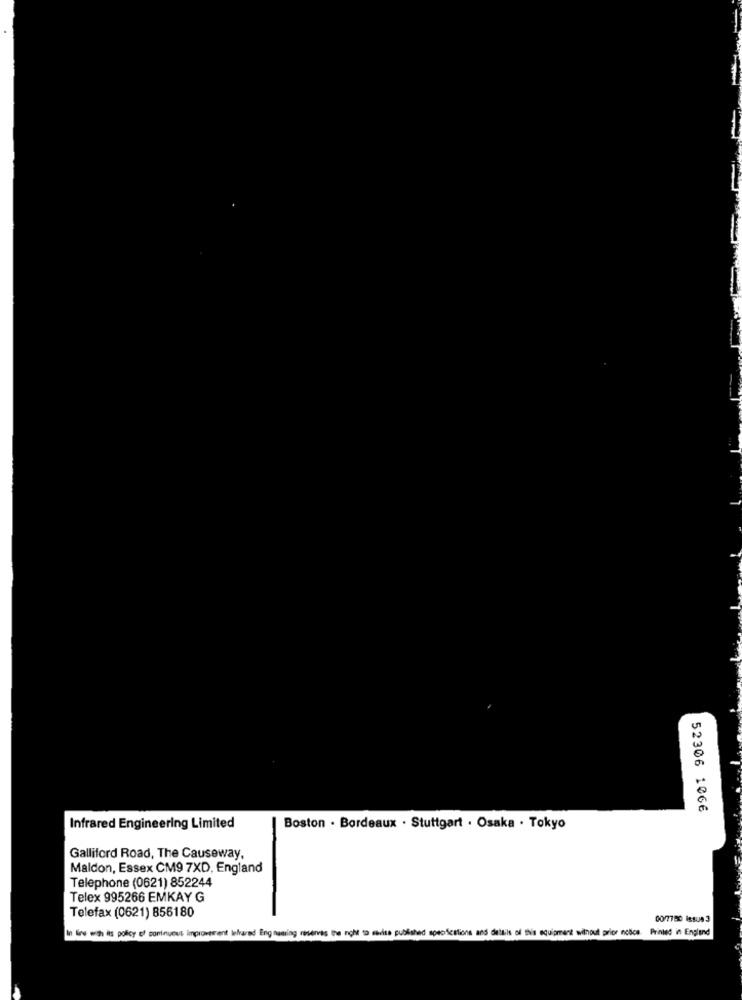
52306 1066
Infrared Engineering Limited
Boston . Bordeaux . Stuttgart . Osaka . Tokyo
Galliford Road, The Causeway,
Maldon, Essex CM9 7XD, England
Telephone (0621) 852244
Telex 995266 EMKAY G
Telefax (0621) 856180
00/7780 Issue3
In line with its policy of continuous improvement lelvarad Eng naming reserves the nicht to savisa published specifications and deltils of this equipment without prior notice.
Printed in England